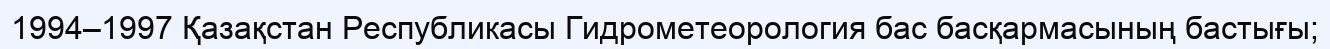
1994–1997 Қазақстан Республикасы Гидрометеорология бас басқармасының бастығы;